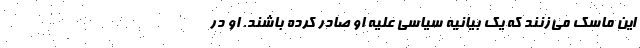
این ماسک می‌زنند که یک بیانیه سیاسی علیه او صادر کرده باشند. او در